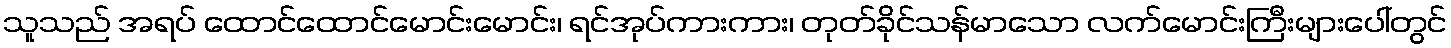
သူသည် အရပ် ထောင်ထောင်မောင်းမောင်း၊ ရင်အုပ်ကားကား၊ တုတ်ခိုင်သန်မာသော လက်မောင်းကြီးများပေါ်တွင်